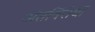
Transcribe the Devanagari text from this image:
अंतविंरोधों